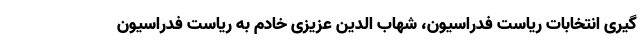
گیری انتخابات ریاست فدراسیون، شهاب الدین عزیزی خادم به ریاست فدراسیون